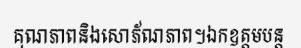
គុណភាពនិងសោភ័ណភាព។ឯកឧត្តមបន្ត